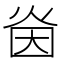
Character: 𭴜